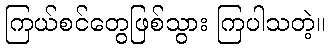
ကြယ်စင်တွေဖြစ်သွား ကြပါသတဲ့။